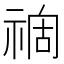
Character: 𥚟